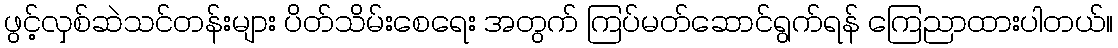
ဖွင့်လှစ်ဆဲသင်တန်းများ ပိတ်သိမ်းစေရေး အတွက် ကြပ်မတ်ဆောင်ရွက်ရန် ကြေညာထားပါတယ်။